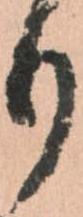
り